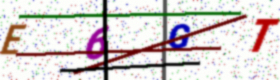
Text: E6GT